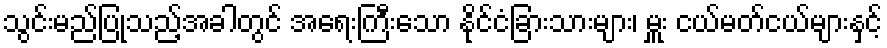
သွင်းမည်ပြုသည့်အခါတွင် အရေးကြီးသော နိုင်ငံခြားသားများ၊ မှူး ငယ်မတ်ငယ်များနှင့်